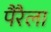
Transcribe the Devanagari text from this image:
पैरैला